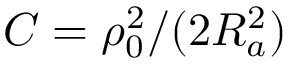
{ \cal { C } } = \rho _ { 0 } ^ { 2 } / ( 2 R _ { a } ^ { 2 } )